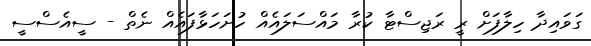
ގަވައިދާ ހިލާފަށް ރީ ރަޖިސްޓާ ކުރާ މައްސަލައެއް ހުށަހަޅާފައެއް ނެތް - ސީއެސްސީ